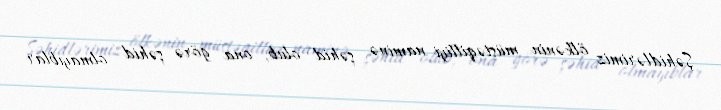
Şəhidlərimiz ölkənin müstəqilliyi naminə şəhid olub, ona görə şəhid olmayıblar